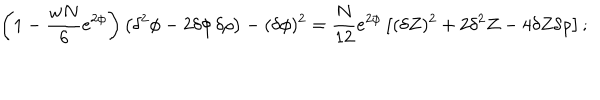
\left( 1 - \frac { w N } { 6 } e ^ { 2 \phi } \right) \left( \delta ^ { 2 } \phi - 2 \delta \phi \, \delta \rho \right) - ( \delta \phi ) ^ { 2 } = \frac { N } { 1 2 } e ^ { 2 \phi } \left[ ( \delta Z ) ^ { 2 } + 2 \delta ^ { 2 } Z - 4 \delta Z \delta \rho \right] ;